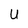
Character: U